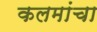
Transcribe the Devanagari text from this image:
कलमांचा